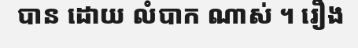
បាន ដោយ លំបាក ណាស់ ។ រឿង